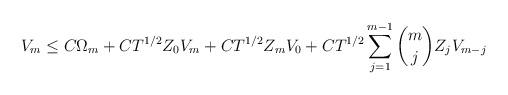
LaTeX: \begin{align*}V_m \leq C \Omega_m + C T^{1/2} Z_0 V_m + C T^{1/2} Z_m V_0 + C T^{1/2} \sum_{j=1}^{m-1} {m \choose j} Z_j V_{m-j}\end{align*}